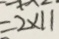
= 2 \times 1 1